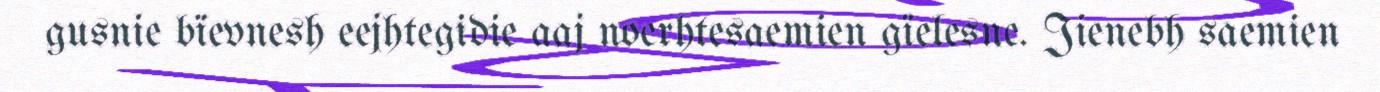
gusnie bïevnesh eejhtegidie aaj noerhtesaemien gïelesne. Jienebh saemien